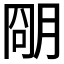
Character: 𬚽